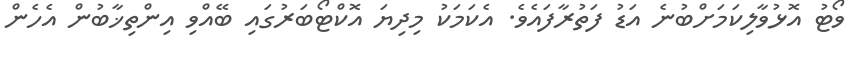
ވޯޓު އޮޅުވާލިކަމަށްބުނެ އަޑު ފަތުރާފައެވެ. އެކަމަކު މިދިޔަ އޮކްޓޯބަރުގައި ބޭއްވި އިންތިޚާބުން އެހެން